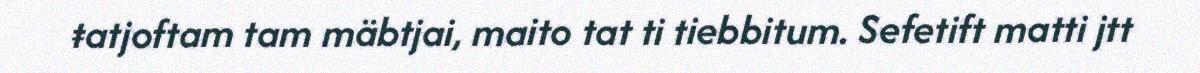
ŧatjoftam tam mäbtjai, maito tat ti tiebbitum. Sefetift matti jtt